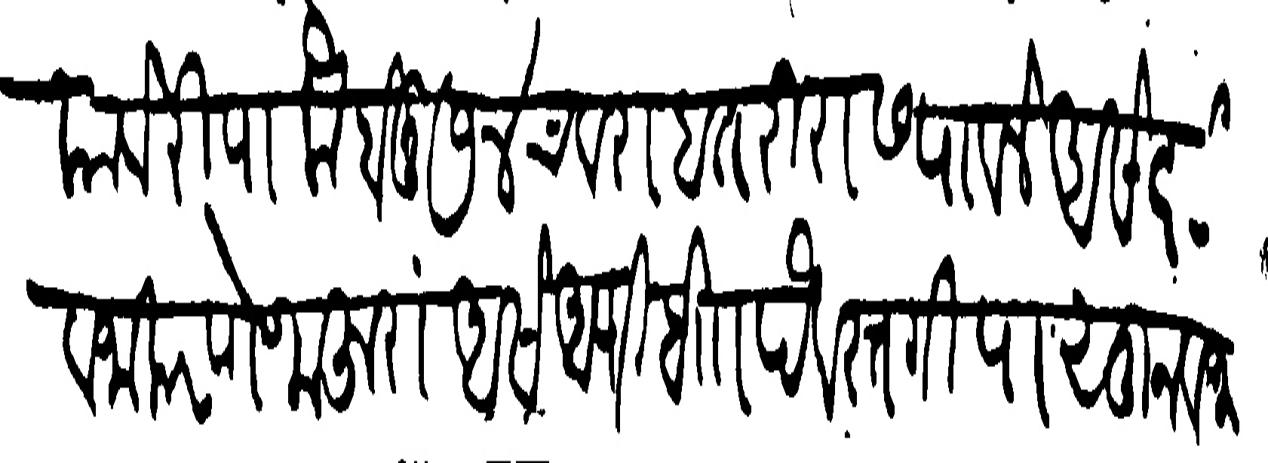
Transliteration (Devanagari): कावेरी पाक होनु ७४ चवराहत्तरी रास पावले असेत ही वजा करणे मजुरा असे आणि शा पैवस्तगीपासून वजा